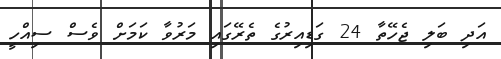
އަދި ބަލި ޖެހޭތާ 24 ގަޑިއިރުގެ ތެރޭގައި މަރުވާ ކަމަށް ވެސް ސިއްހީ